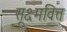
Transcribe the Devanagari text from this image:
सूक्ष्मवित्त